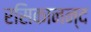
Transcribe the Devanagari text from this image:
रसिकानन्द